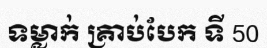
ទម្លាក់ គ្រាប់បែក ទី 50